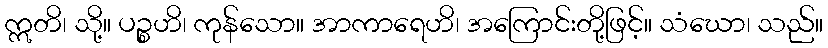
ဣတိ၊ သို့။ ပဉ္စဟိ၊ ကုန်သော။ အာကာရေဟိ၊ အကြောင်းတို့ဖြင့်။ သံဃော၊ သည်။